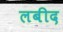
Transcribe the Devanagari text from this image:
लबीद